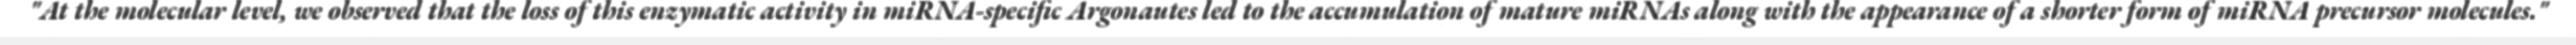
"At the molecular level, we observed that the loss of this enzymatic activity in miRNA-specific Argonautes led to the accumulation of mature miRNAs along with the appearance of a shorter form of miRNA precursor molecules."